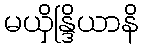
မယှိန္ဒြိယာနိ